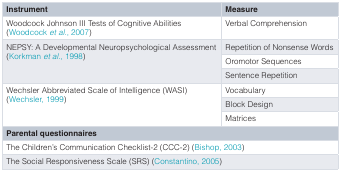
<table><thead><tr><td><b>Instrument</b></td><td><b>Measure</b></td></tr></thead><tbody><tr><td>Woodcock Johnson III Tests of Cognitive Abilities(Woodcock<i>et al</i>., 2007)</td><td>Verbal Comprehension</td></tr><tr><td rowspan="3">NEPSY: A Developmental Neuropsychological Assessment(Korkman<i>et al</i>., 1998)</td><td>Repetition of Nonsense Words</td></tr><tr><td>Oromotor Sequences</td></tr><tr><td>Sentence Repetition</td></tr><tr><td rowspan="3">Wechsler Abbreviated Scale of Intelligence (WASI)(Wechsler, 1999)</td><td>Vocabulary</td></tr><tr><td>Block Design</td></tr><tr><td>Matrices</td></tr><tr><td colspan="2"><b>Parental questionnaires</b></td></tr><tr><td colspan="2">The Children’s Communication Checklist-2 (CCC-2) (Bishop, 2003)</td></tr><tr><td colspan="2">The Social Responsiveness Scale (SRS) (Constantino, 2005)</td></tr></tbody></table>